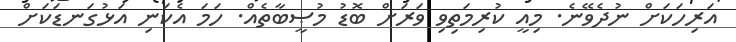
އަރިހަކަށް ނުދެވޭނެ. މިއީ ކުރިމަތިވި ވަރަށް ބޮޑު މުޞީބާތެއް. ހަމަ އެކަނި އަޅުގަނޑަކަށް